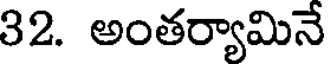
32. అంతర్యామినే